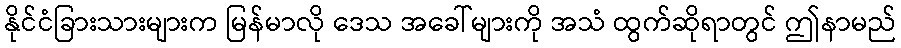
နိုင်ငံခြားသားများက မြန်မာလို ဒေသ အခေါ်များကို အသံ ထွက်ဆိုရာတွင် ဤနာမည်